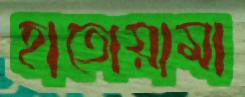
হাতোয়ামা